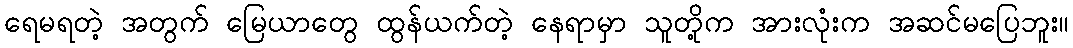
ရေမရတဲ့ အတွက် မြေယာတွေ ထွန်ယက်တဲ့ နေရာမှာ သူတို့က အားလုံးက အဆင်မပြေဘူး။